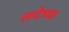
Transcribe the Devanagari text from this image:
लाटेच्या